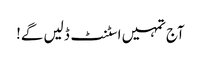
آج تمہیں اسٹنٹ ڈلیں گے!